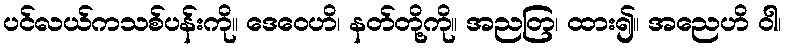
ပင်လယ်ကသစ်ပန်းကို။ ဒေဝေဟိ၊ နတ်တို့ကို။ အညတြ၊ ထား၍။ အညေဟိ ဝါ၊